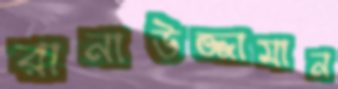
রানাউজ্জামান